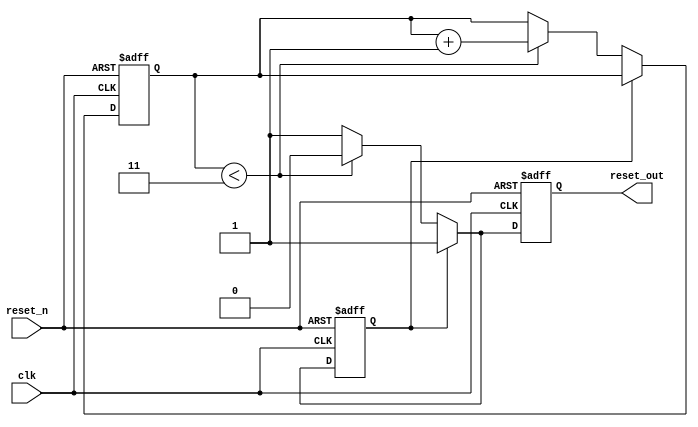
module PowerOnReset #(
    parameter RESET_DELAY_CYCLES = 4  // Configurable delay for reset (in clock cycles)
)(
    input wire clk,          // Clock signal
    input wire reset_n,     // Active-low reset signal
    output reg reset_out     // Output reset signal
);

    // Internal counter to track the number of clock cycles after power-up
    reg [2:0] counter;       // 3-bit counter for up to 8 cycles
    reg por_active;          // Indicates if Power-On Reset is active

    // Power-On Reset and manual reset logic
    always @(posedge clk or negedge reset_n) begin
        if (!reset_n) begin
            // Active-low reset is asserted
            reset_out <= 1'b0;  // Drive reset_out low
            counter <= 3'b0;     // Reset the counter
            por_active <= 1'b0;  // Disable power-on reset
        end else begin
            if (!por_active) begin
                // If Power-On Reset is active
                reset_out <= 1'b0;  // Keep reset_out low
                if (counter < RESET_DELAY_CYCLES - 1) begin
                    counter <= counter + 1;  // Increment counter
                end else begin
                    // Reset delay period has passed
                    reset_out <= 1'b1;  // Release reset
                    por_active <= 1'b1;  // Mark Power-On Reset as inactive
                end
            end else begin
                // Normal operation
                reset_out <= 1'b1;  // Ensure reset_out remains high in normal operation
            end
        end
    end

    // Initial block for power-on reset state initialization
    initial begin
        reset_out = 1'b1; // Initialize reset_out to high
        counter = 3'b0;   // Initialize counter
        por_active = 1'b0; // Initially, Power-On Reset is inactive until clock edges
    end

endmodule